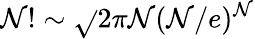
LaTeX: \mathcal{N}!\sim\sqrt{}{{2\pi\mathcal{N}}}(\mathcal{N}/e)^{\mathcal{N}}